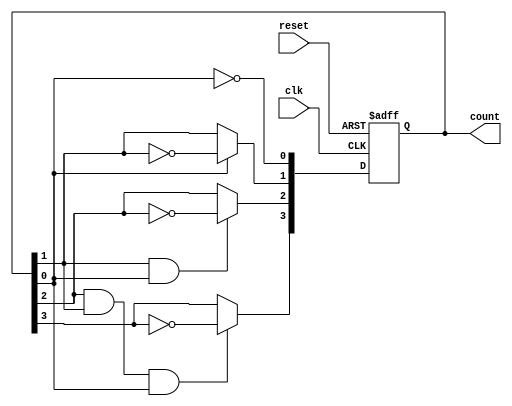
module async_ripple_counter (
    input wire clk,          // Count enable signal
    input wire reset,        // Asynchronous reset signal
    output reg [3:0] count   // 4-bit counter output
);

    // T flip-flop behavior
    always @(posedge clk or posedge reset) begin
        if (reset) begin
            count <= 4'b0000; // Reset count to 0
        end else begin
            count[0] <= ~count[0]; // Toggle the first flip-flop
            count[1] <= count[0] ? ~count[1] : count[1]; // Toggle second flip-flop if first flip-flop is 1
            count[2] <= count[1] & count[0] ? ~count[2] : count[2]; // Toggle third flip-flop based on first and second
            count[3] <= count[2] & count[1] & count[0] ? ~count[3] : count[3]; // Toggle fourth flip-flop
        end
    end

endmodule